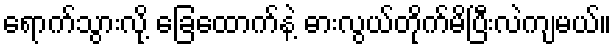
ရောက်သွားလို့ ခြေထောက်နဲ့ ဓားလွယ်တိုက်မိပြီးလဲကျမယ်။